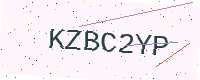
Text: KZBC2YP